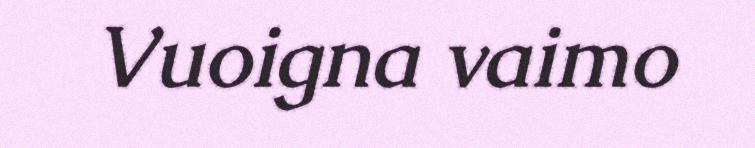
Vuoigna vaimo